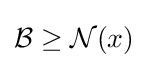
{\mathcal {B}}\geq {\mathcal {N}}(x)